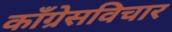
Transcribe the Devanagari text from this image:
काँग्रेसविचार